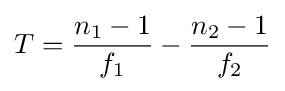
T={\frac {n_{1}-1}{f_{1}}}-{\frac {n_{2}-1}{f_{2}}}